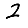
Digit: 2